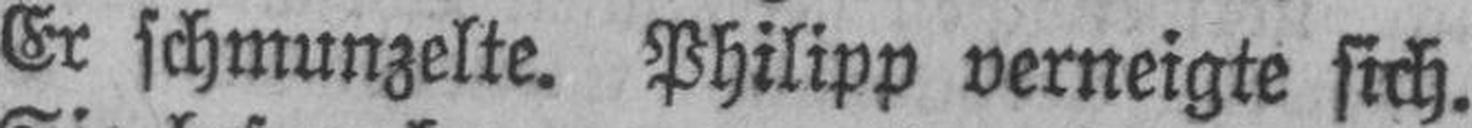
Er schmunzelte. Philipp verneigte sich.